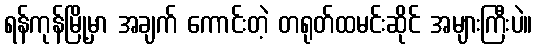
ရန်ကုန်မြို့မှာ အချက် ကောင်းတဲ့ တရုတ်ထမင်းဆိုင် အများကြီးပဲ။